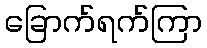
ခြောက်ရက်ကြာ